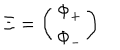
LaTeX: \Xi = \left( \begin{matrix} { { \Phi _ { + } } } \\ { { \Phi _ { - } } } \\ \end{matrix} \right)